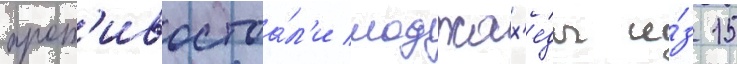
прот'ивостоа́л'и моджах'е́ды и́з 15